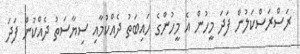
ރަސްރަސްކަލުން ފަދަ މީހުން އެ މީހުންގެ ހައިބަތު ދެއްކުމާއި ސިޔާސަތު ދެއްކުން ފަދަ